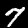
Label: 7